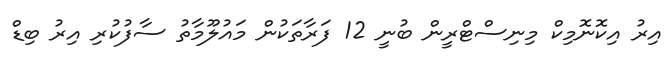
އިރު އިކޮނޮމިކް މިނިސްޓްރީން ބުނީ 12 ފަރާތަކުން މައުލޫމާތު ސާފުކުރި އިރު ބިޑް